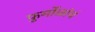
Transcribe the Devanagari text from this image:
फुर्मोळांचं